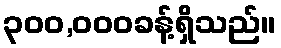
၃၀၀,၀၀၀ခန့်ရှိသည်။